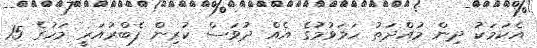
އެކަމަކު ދިން މުއްދަތު ހަމަވުމުގެ އެއް ދުވަސް ކުރިން ފެބްރުއަރީ މަހުގެ 15